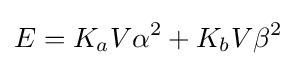
E=K_{a}V\alpha ^{2}+K_{b}V\beta ^{2}